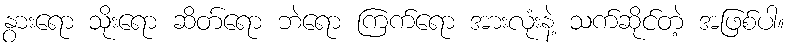
နွားရော သိုးရော ဆိတ်ရော ဘဲရော ကြက်ရော အားလုံးနဲ့ သက်ဆိုင်တဲ့ အဖြစ်ပါ။